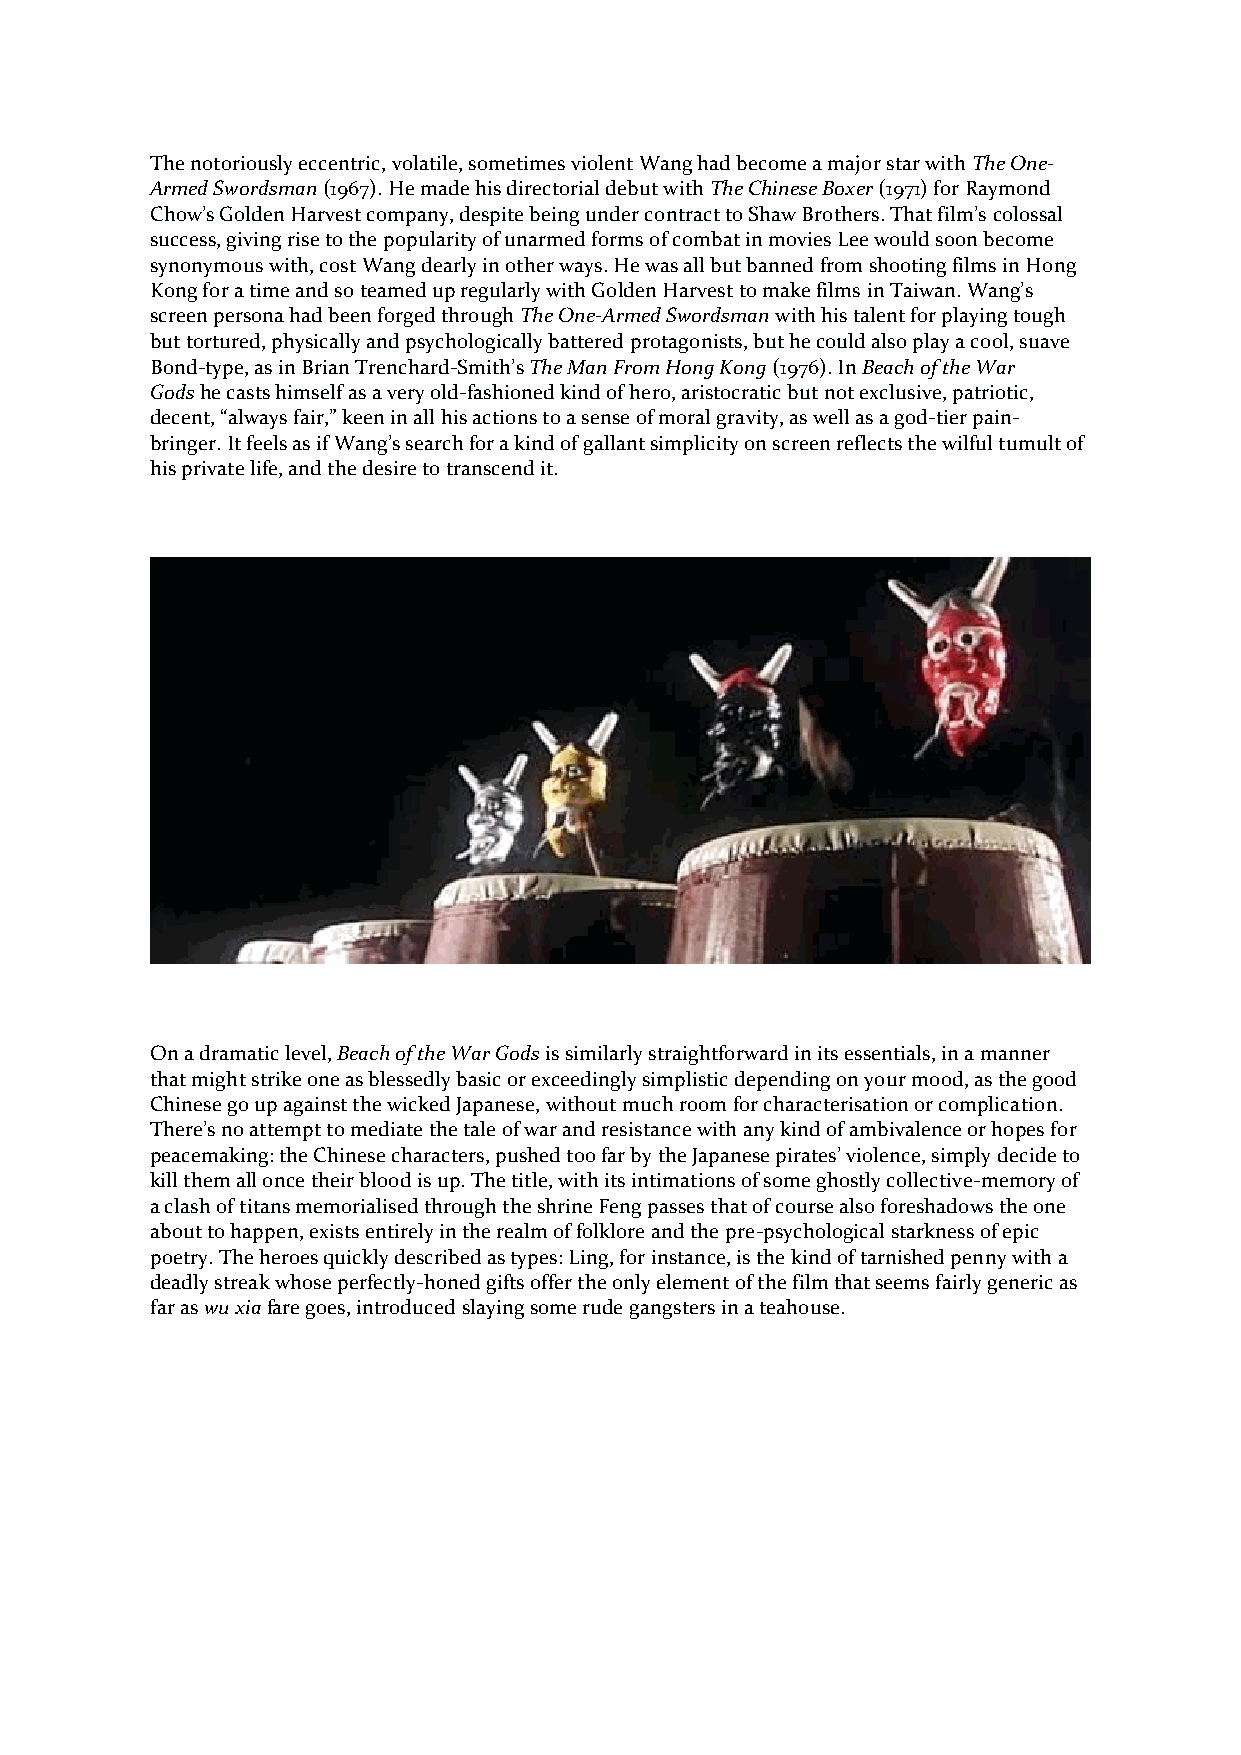
The notoriously eccentric, volatile, sometimes violent Wang had become a major star with The One-
 Armed Swordsman (1967). He made his directorial debut with The Chinese Boxer (1971) for Raymond
 Chow’s Golden Harvest company, despite being under contract to Shaw Brothers. That film’s colossal
 success, giving rise to the popularity of unarmed forms of combat in movies Lee would soon become
 synonymous with, cost Wang dearly in other ways. He was all but banned from shooting films in Hong
 Kong for a time and so teamed up regularly with Golden Harvest to make films in Taiwan. Wang’s
 screen persona had been forged through The One-Armed Swordsman with his talent for playing tough
 but tortured, physically and psychologically battered protagonists, but he could also play a cool, suave
 Bond-type, as in Brian Trenchard-Smith’s The Man From Hong Kong (1976). In Beach of the War
 Gods he casts himself as a very old-fashioned kind of hero, aristocratic but not exclusive, patriotic,
 decent, “always fair,” keen in all his actions to a sense of moral gravity, as well as a god-tier pain-
 bringer. It feels as if Wang’s search for a kind of gallant simplicity on screen reflects the wilful tumult of
 his private life, and the desire to transcend it.
 On a dramatic level, Beach of the War Gods is similarly straightforward in its essentials, in a manner
 that might strike one as blessedly basic or exceedingly simplistic depending on your mood, as the good
 Chinese go up against the wicked Japanese, without much room for characterisation or complication.
 There’s no attempt to mediate the tale of war and resistance with any kind of ambivalence or hopes for
 peacemaking: the Chinese characters, pushed too far by the Japanese pirates’ violence, simply decide to
 kill them all once their blood is up. The title, with its intimations of some ghostly collective-memory of
 a clash of titans memorialised through the shrine Feng passes that of course also foreshadows the one
 about to happen, exists entirely in the realm of folklore and the pre-psychological starkness of epic
 poetry. The heroes quickly described as types: Ling, for instance, is the kind of tarnished penny with a
 deadly streak whose perfectly-honed gifts offer the only element of the film that seems fairly generic as
 far as wu xia fare goes, introduced slaying some rude gangsters in a teahouse.